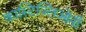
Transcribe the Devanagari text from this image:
कास्टिज्लिओनी